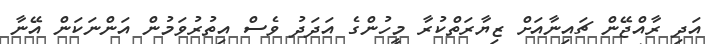
އަދި ރާއްޖޭން ޗައިނާއަށް ޒިޔާރަތްކުރާ މީހުންގެ އަދަދު ވެސް އިތުރުވަމުން އަންނަކަން އޭނާ